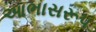
આભાસરૂપ